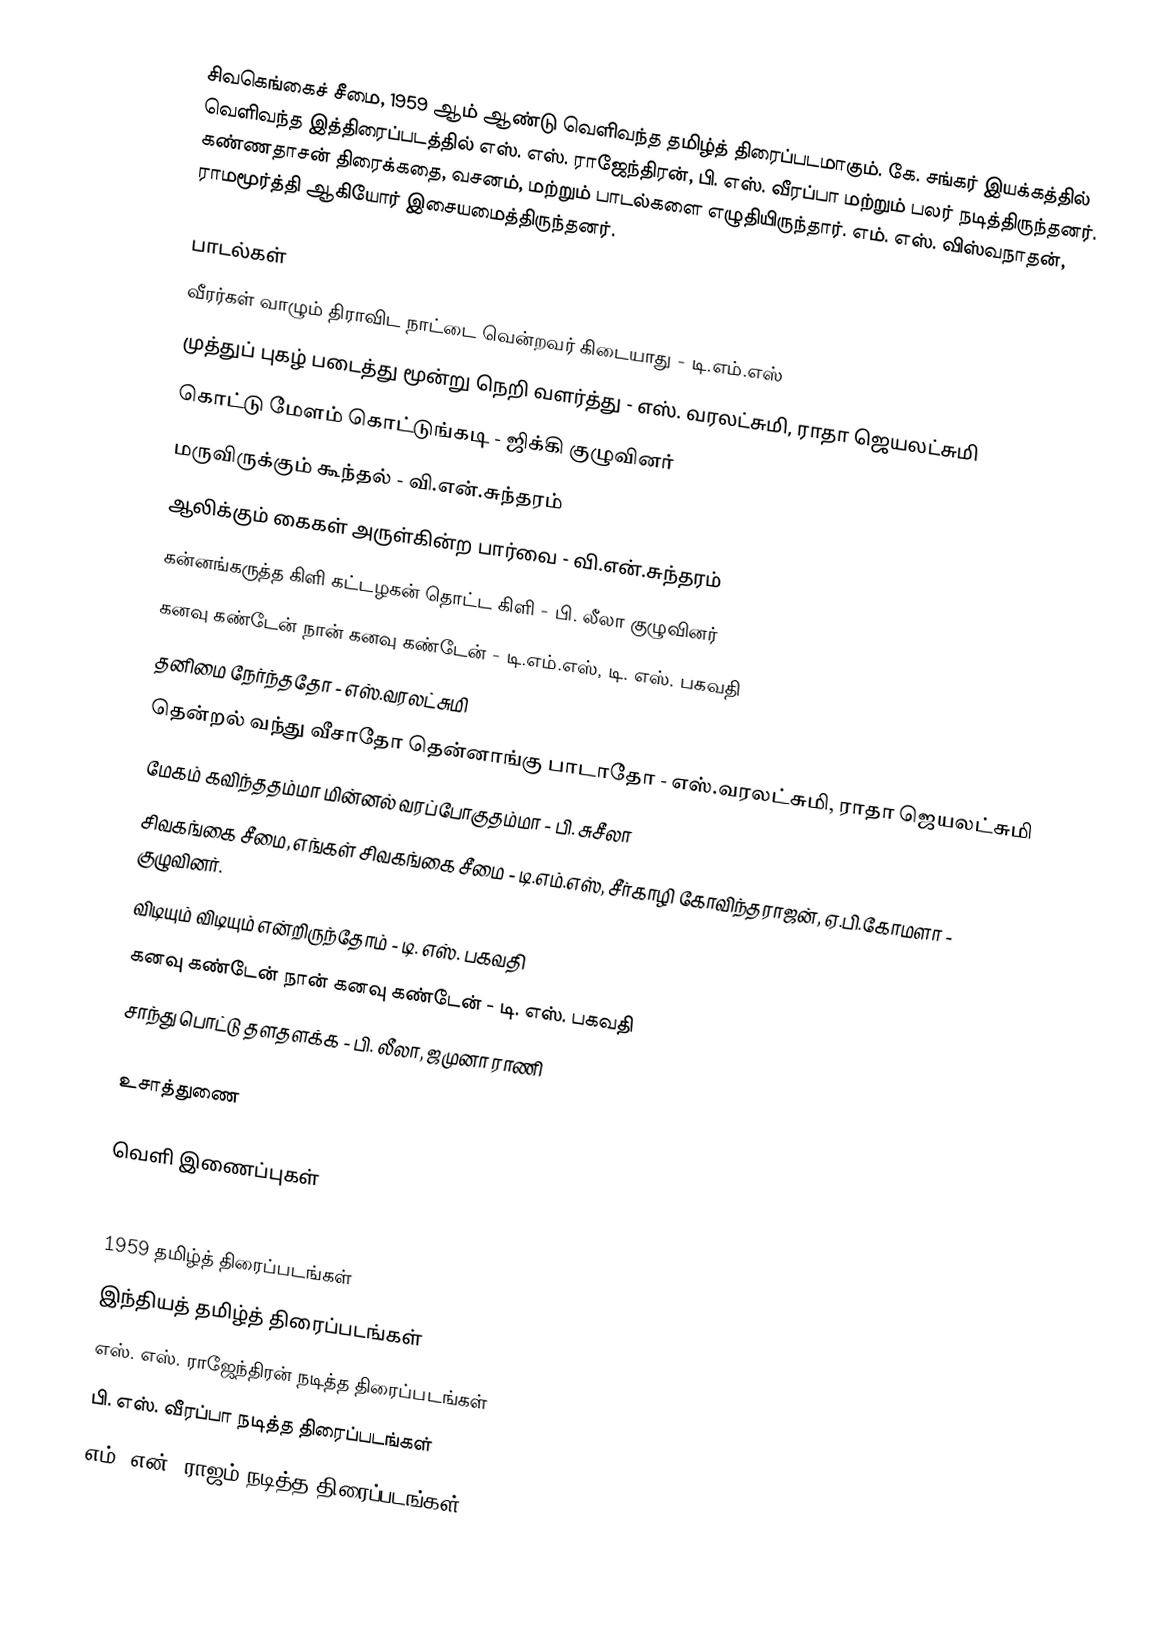
சிவகெங்கைச் சீமை, 1959 ஆம் ஆண்டு வெளிவந்த தமிழ்த் திரைப்படமாகும். கே. சங்கர் இயக்கத்தில் வெளிவந்த இத்திரைப்படத்தில் எஸ். எஸ். ராஜேந்திரன், பி. எஸ். வீரப்பா மற்றும் பலர் நடித்திருந்தனர். கண்ணதாசன் திரைக்கதை, வசனம், மற்றும் பாடல்களை எழுதியிருந்தார். எம். எஸ். விஸ்வநாதன், ராமமூர்த்தி ஆகியோர் இசையமைத்திருந்தனர்.

பாடல்கள்
வீரர்கள் வாழும் திராவிட நாட்டை வென்றவர் கிடையாது - டி.எம்.எஸ்
முத்துப் புகழ் படைத்து மூன்று நெறி வளர்த்து - எஸ். வரலட்சுமி, ராதா ஜெயலட்சுமி
கொட்டு மேளம் கொட்டுங்கடி - ஜிக்கி குழுவினர்
மருவிருக்கும் கூந்தல் - வி.என்.சுந்தரம்
ஆலிக்கும் கைகள் அருள்கின்ற பார்வை - வி.என்.சுந்தரம்
கன்னங்கருத்த கிளி கட்டழகன் தொட்ட கிளி - பி. லீலா குழுவினர்
கனவு கண்டேன் நான் கனவு கண்டேன் - டி.எம்.எஸ், டி. எஸ். பகவதி
தனிமை நேர்ந்ததோ - எஸ்.வரலட்சுமி
தென்றல் வந்து வீசாதோ தென்னாங்கு பாடாதோ - எஸ்.வரலட்சுமி, ராதா ஜெயலட்சுமி
மேகம் கவிந்ததம்மா மின்னல் வரப்போகுதம்மா - பி. சுசீலா
சிவகங்கை சீமை, எங்கள் சிவகங்கை சீமை - டி.எம்.எஸ், சீர்காழி கோவிந்தராஜன், ஏ.பி.கோமளா - குழுவினர்.
விடியும் விடியும் என்றிருந்தோம் - டி. எஸ். பகவதி
கனவு கண்டேன் நான் கனவு கண்டேன் - டி. எஸ். பகவதி
சாந்து பொட்டு தளதளக்க - பி. லீலா, ஜமுனா ராணி

உசாத்துணை

வெளி இணைப்புகள்

1959 தமிழ்த் திரைப்படங்கள்
இந்தியத் தமிழ்த் திரைப்படங்கள்
எஸ். எஸ். ராஜேந்திரன் நடித்த திரைப்படங்கள்
பி. எஸ். வீரப்பா நடித்த திரைப்படங்கள்
எம். என். ராஜம் நடித்த திரைப்படங்கள்